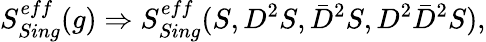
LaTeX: S_{Sing}^{eff}(g)\Rightarrow S_{Sing}^{eff}(S,D^{2}S,\bar{D}^{2}S,D^{2}\bar{D}^{2}S),